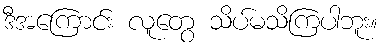
ဒီအကြောင်း လူတွေ သိပ်မသိကြပါဘူး။